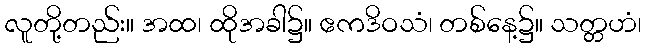
လူတို့တည်း။ အထ၊ ထိုအခါ၌။ ဧကဒိဝသံ၊ တစ်နေ့၌။ သတ္တဟံ၊